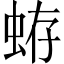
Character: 𧋃